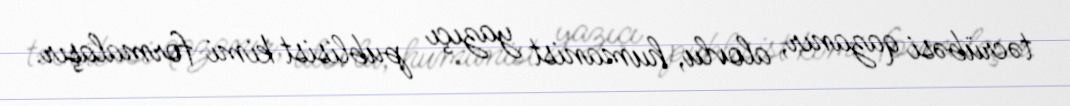
təcrübəsi qazanır, alovlu, humanist yazıçı publisist kimi formalaşır.